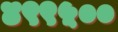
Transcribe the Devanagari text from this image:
४९९५००